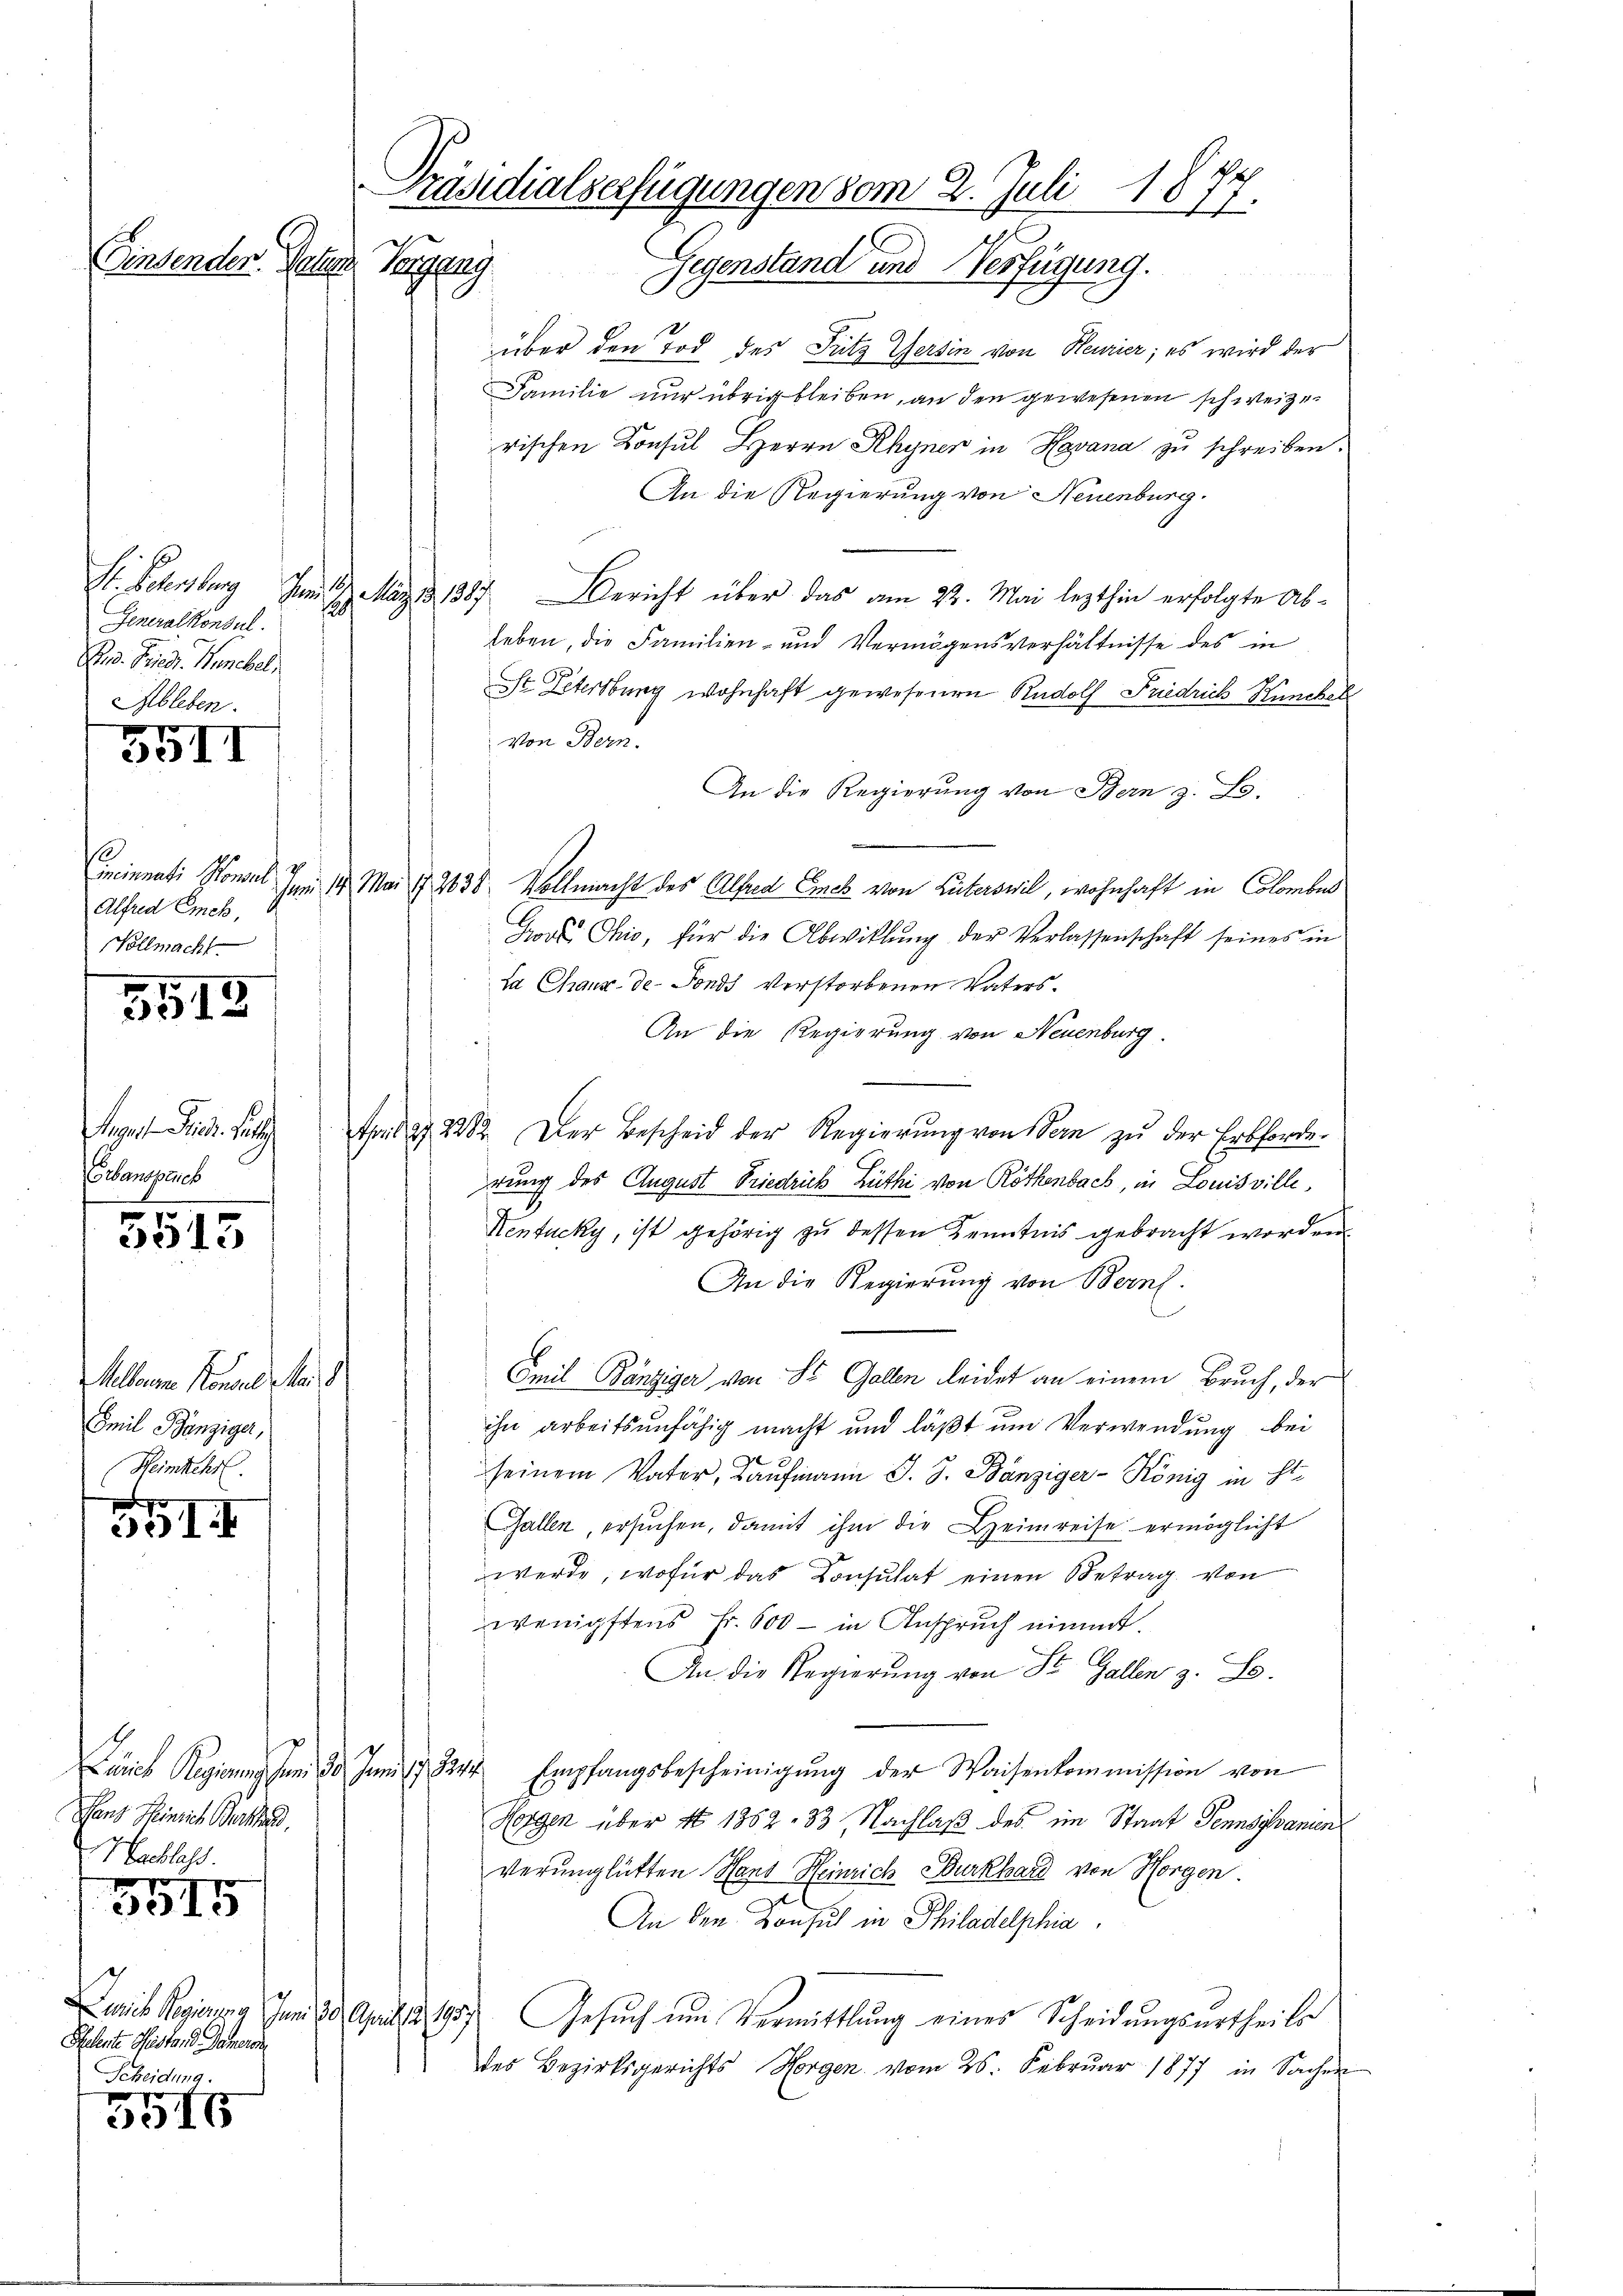
Präsidialserfügungen vom 2. Juli 1874
(Findenden. Peter
Poppelg
Gegenstand und Verfügung.

Generalkonsul.
R. v. Fried. Henckel
Ableben.

55II

Alfred Emch,
Vollmacht

3513

R. se
oebenspect

5515

Melbrun Konsul Man d
Emil Bänziger,
Heimkehr.

33I

anz Heinrich Barthal
Hacklass

3515

Pelerte Meiste, d. Gemein
Scheidung.

5515

über den Tod des Fritz Gersin von Heurier; es wird der
Familie nur übrig bleiben, an den gewesenen schweizerischen Konsul Herrn Rhyner in Havana zu schreiben.
An die Regierung von Neuenburg.
St. Petersburg Im lag. 1387 Bericht über das am 22. Mai lezthin erfolgte Ab-
leben, die Familien- und Vermögensverhältnisse des in
St Litersburg wohnhaft gewesenen Rudolf Friedrich Hanckel
Von Bern.
An die Regierung von Bern z. B.
Cincinati sonal dem 14. Mai 12638. Vollmacht des Alfred Ermes von Luterswil, wohnhaft in Colombur
Good Ohio, für die Abwitlung der Verlassenschaft seines in
La Chaux-de-Fonds verstorbenen Vaters.
An die Regierung von Neuenburg.
Fond ag. 2282. Der Bescheid der Regierung von Bern zu der Erbforderung des August Friedrich Lüthi von Röthenbach, in Louisville,
Kentucky, ist gehörig zu dessen Kenntnis gebracht worden.
An die Regierung von Bern.
Emil Bänziger von St. Gallen leidet an einem Bruch, der
ihn arbeitsunfähig macht und läßt um Verwendung bei
seinem Vater, Kaufmann J. J. Bänziger-König in El¬
Gallen, ersuchen, damit ihm die Heimreise ermöglicht
werde, wofür das Consulat einen Betrag von
wenigstens Fr. 600 - in Anspruch nimmt.
An die Regierŭng von St. Gallen z. B.
Lures Regierung sun 30. Juni 847 Empfangsbescheinigŭng der Waisenkommission von
Horgen über No 1362. 33, Nachlaß des im Staat Tennschanien
verunglükten Hans Heinrich Burkhard von Horgen
An den Konsuch in Philadelphia
Juris Regierung Juni 20. April 1907. Gesŭch ŭm Vermittlung eines Scheidungsurtheils
des Bezirksgerichts Horgen vom 25. Febrŭar 1877 in Sachen